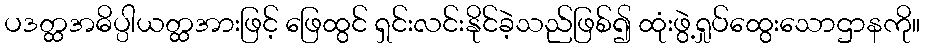
ပဒတ္ထအဓိပ္ပါယတ္ထအားဖြင့် ဖြေထွင် ရှင်းလင်းနိုင်ခဲ့သည်ဖြစ်၍ ထုံးဖွဲ့ရှုပ်ထွေးသောဌာနကို။